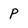
Character: p